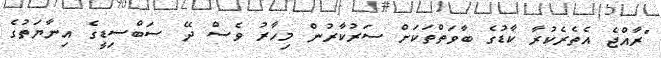
"ރާއްޖެ އެތެރެކުރާ ކާޑުގެ ބާވަތްތަކަށް ސަރުކާރުން މިހާރު ވެސް ދޭ ސަބްސިޑީގެ އިނާޔަތުގެ